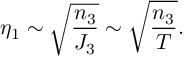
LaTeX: \eta _ { 1 } \sim { \sqrt { { \frac { n _ { 3 } } { J _ { 3 } } } } } \sim { \sqrt { { \frac { n _ { 3 } } { T } } } } .